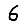
Digit: 6